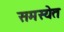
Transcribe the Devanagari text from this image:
समस्येत